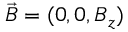
\vec { B } = ( 0 , 0 , B _ { z } )